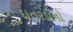
દાતરડાનો